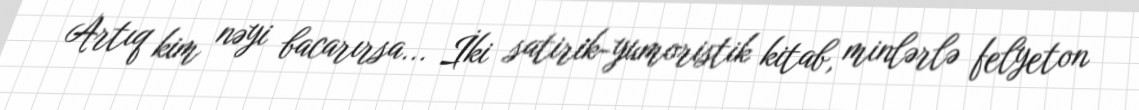
Artıq kim nəyi bacarırsa... İki satirik-yumoristik kitab, minlərlə felyeton